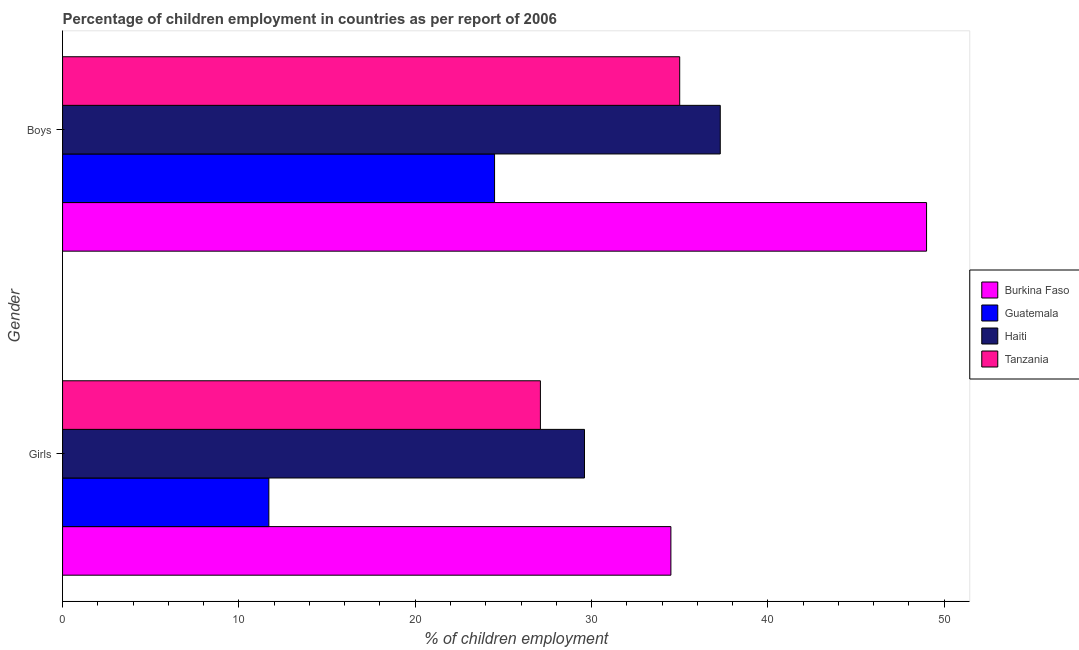
| Gender | Burkina Faso | Guatemala | Haiti | Tanzania |
 | --- | --- | --- | --- | --- |
 | Girls | 34.5 | 11.7 | 29.6 | 27.1 |
 | Boys | 49 | 24.5 | 37.3 | 35 |